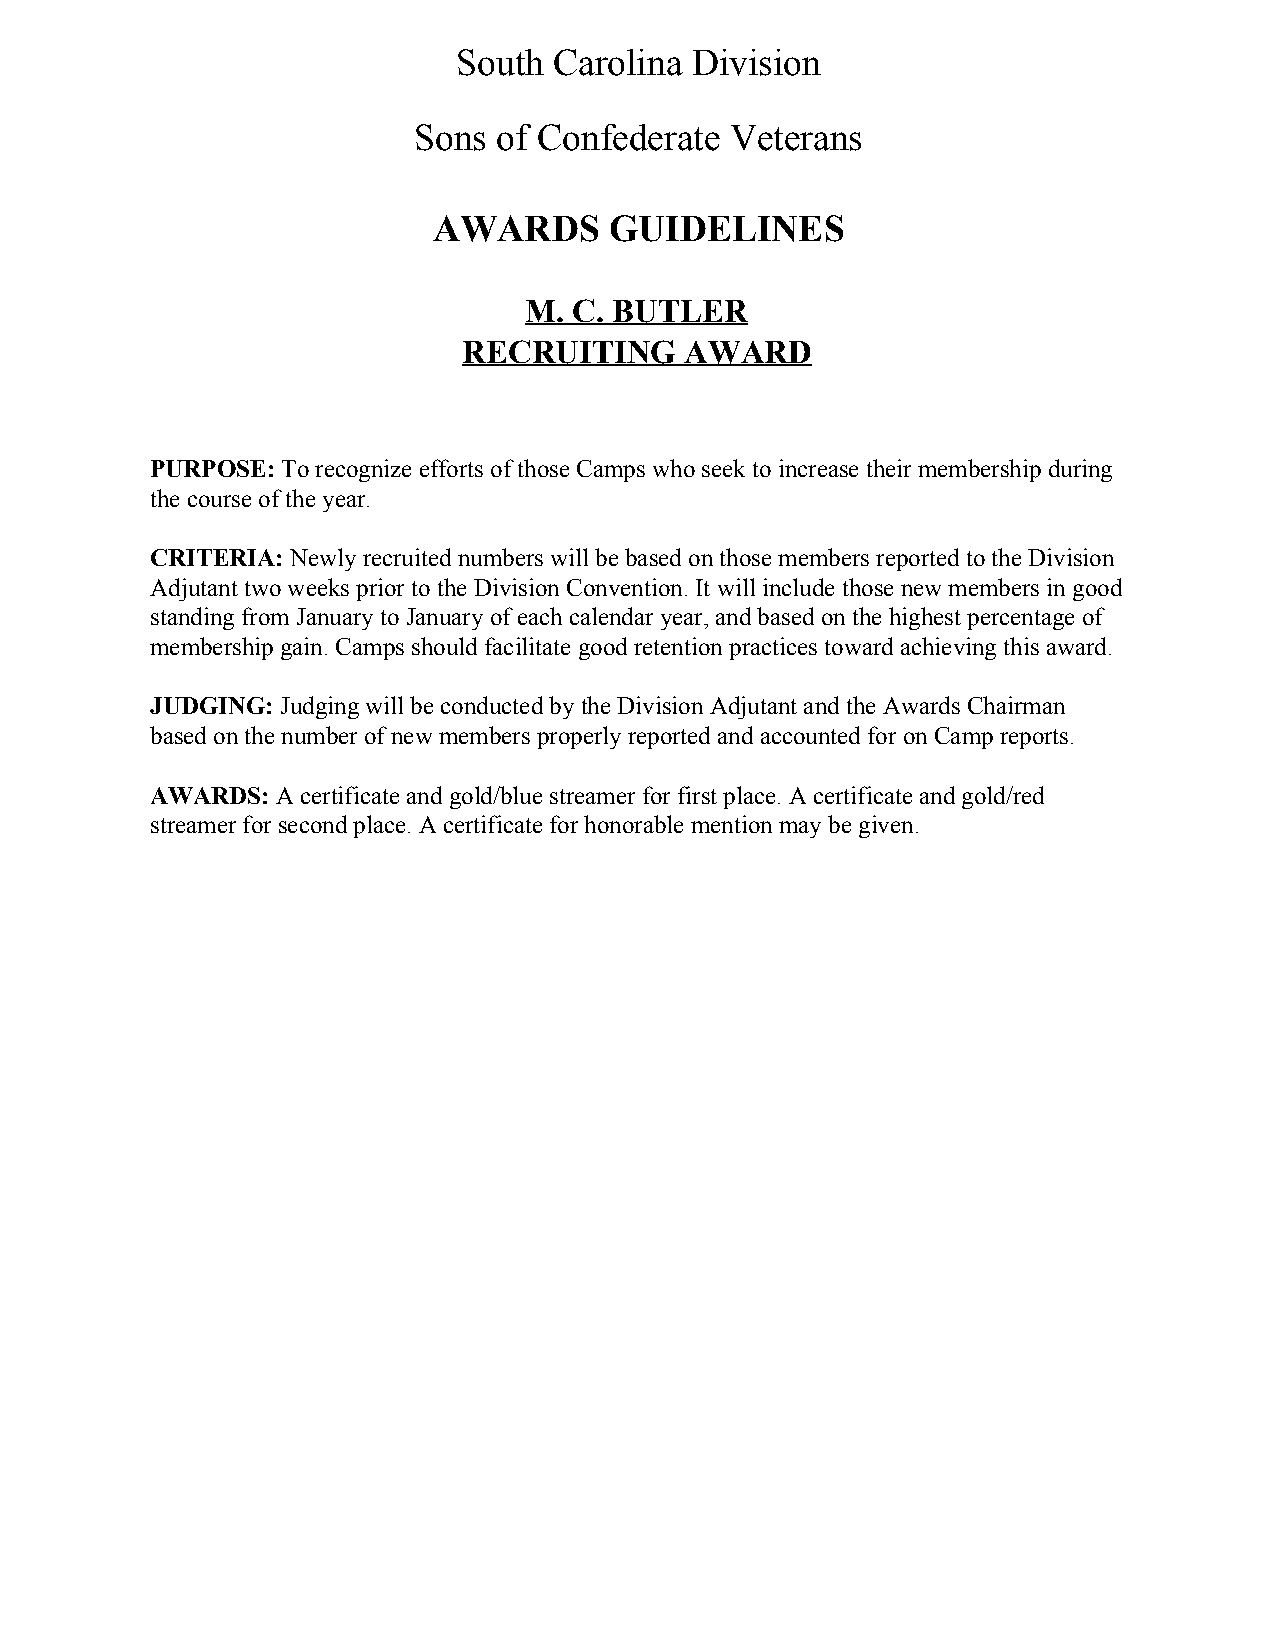
South  Carolina Division
 Sons  of Confederate Veterans
 AWARDS     GUIDELINES
 M. C. BUTLER
 RECRUITING    AWARD
 PURPOSE: To recognize efforts of those Camps who seek to increase their membership during
 ​
 the course of the year.
 CRITERIA: Newly recruited numbers will be based on those members reported to the Division
 ​
 Adjutant two weeks prior to the Division Convention. It will include those new members in good
 standing from January to January of each calendar year, and based on the highest percentage of
 membership gain. Camps should facilitate good retention practices toward achieving this award.
 JUDGING: Judging will be conducted by the Division Adjutant and the Awards Chairman
 ​
 based on the number of new members properly reported and accounted for on Camp reports.
 AWARDS: A certificate and gold/blue streamer for first place. A certificate and gold/red
 ​
 streamer for second place. A certificate for honorable mention may be given.